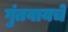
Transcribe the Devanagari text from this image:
गुंतवायचे